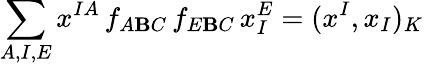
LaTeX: \sum_{A,I,E}x^{IA}\, f_{A\mathbf{B}C}\, f_{E\mathbf{B}C}\, x_{I}^{E}=(x^{I},x_{I})_{K}